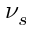
\nu _ { s }